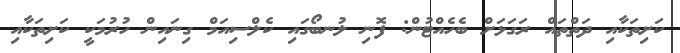
ކަށިތަކާއި ދަތްތައް ރަގަޅަށް ބެހެއްޓުން: ފޮނި ލުނބޯގައި ކެލްސިއަމް ގިނައިން ހުރުމަކީ ކަށިތަކާއި